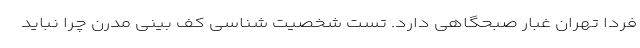
فردا تهران غبار صبحگاهی دارد. تست شخصیت ‌شناسی کف ‌بینی مدرن چرا نباید